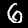
Label: 6